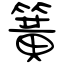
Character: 簧